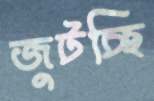
জুটচ্ছি